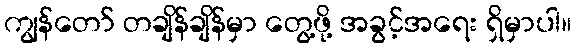
ကျွန်တော် တချိန်ချိန်မှာ တွေ့ဖို့ အခွင့်အရေး ရှိမှာပါ။